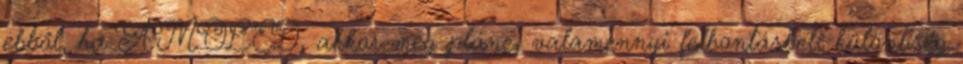
ebből, ha AMOLED, akkor meg pláne, valamennyi felbontásbeli különbség